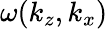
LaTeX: \omega(k_{z},k_{x})